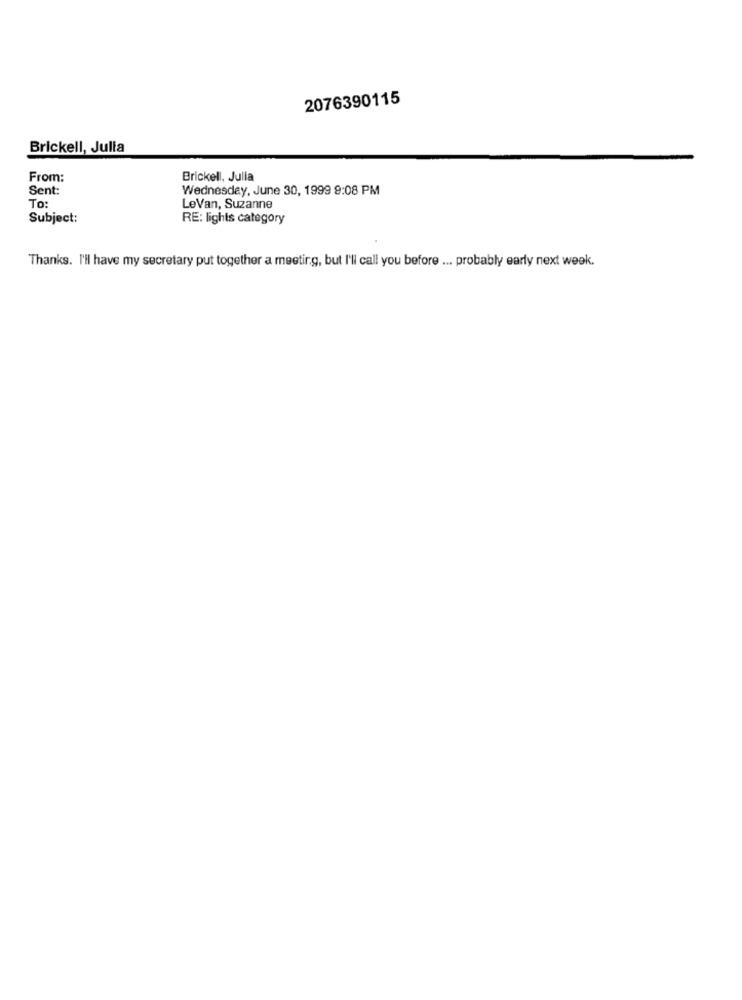
2076390115
Brickell, Julia
From:
Brickell, Julia
Sent:
Wednesday, June 30, 1999 9:08 PM
To:
LeVan, Suzanne
Subject:
RE: lights category
Thanks. I'll have my secretary put together a meeting, but I'll call you before ... probably early next week.